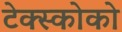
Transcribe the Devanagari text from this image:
टेक्स्कोको